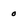
Character: o